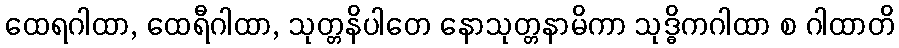
ထေရဂါထာ, ထေရီဂါထာ, သုတ္တနိပါတေ နောသုတ္တနာမိကာ သုဒ္ဓိကဂါထာ စ ဂါထာတိ